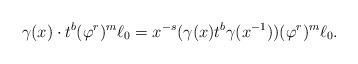
LaTeX: \begin{align*}\gamma(x)\cdot t^b(\varphi^r)^m\ell_0=x^{-s}(\gamma(x)t^b\gamma(x^{-1}))(\varphi^r)^m\ell_0.\end{align*}